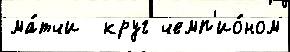
ма́тчи  круг чемп'ио́ном